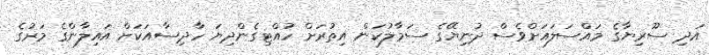
އަދި ސޫރިޔާގެ މައްސަލައަށްވެސް ދުނިޔޭގެ ސަމާލުކަން އިތުރަށް ހުއްޓިގެންދިޔަ ހާދިސާއަކަށް އައިލާންގެ މަރުގެ